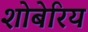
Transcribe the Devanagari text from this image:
शोबेरिय